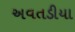
અવતડીયા